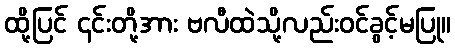
ထို့ပြင် ၎င်းတို့အား ဗလီထဲသို့လည်းဝင်ခွင့်မပြု။